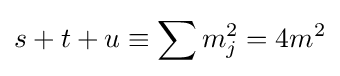
s+t+u\equiv \sum m_{j}^{2}=4m^{2}